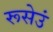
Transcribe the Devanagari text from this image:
रूसेउं